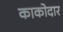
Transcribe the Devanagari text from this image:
काकोदार